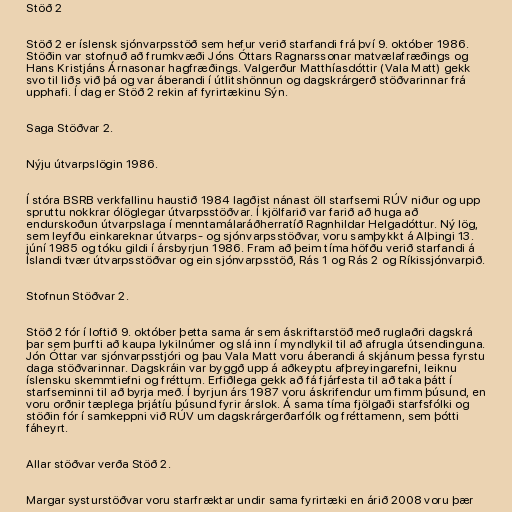
Stöð 2

Stöð 2 er íslensk sjónvarpsstöð sem hefur verið starfandi frá því 9. október 1986.
Stöðin var stofnuð að frumkvæði Jóns Óttars Ragnarssonar matvælafræðings og
Hans Kristjáns Árnasonar hagfræðings. Valgerður Matthíasdóttir (Vala Matt) gekk
svo til liðs við þá og var áberandi í útlitshönnun og dagskrárgerð stöðvarinnar frá
upphafi. Í dag er Stöð 2 rekin af fyrirtækinu Sýn.

Saga Stöðvar 2.

Nýju útvarpslögin 1986.

Í stóra BSRB verkfallinu haustið 1984 lagðist nánast öll starfsemi RÚV niður og upp
spruttu nokkrar ólöglegar útvarpsstöðvar. Í kjölfarið var farið að huga að
endurskoðun útvarpslaga í menntamálaráðherratíð Ragnhildar Helgadóttur. Ný lög,
sem leyfðu einkareknar útvarps- og sjónvarpsstöðvar, voru samþykkt á Alþingi 13.
júní 1985 og tóku gildi í ársbyrjun 1986. Fram að þeim tíma höfðu verið starfandi á
Íslandi tvær útvarpsstöðvar og ein sjónvarpsstöð, Rás 1 og Rás 2 og Ríkissjónvarpið.

Stofnun Stöðvar 2.

Stöð 2 fór í loftið 9. október þetta sama ár sem áskriftarstöð með ruglaðri dagskrá
þar sem þurfti að kaupa lykilnúmer og slá inn í myndlykil til að afrugla útsendinguna.
Jón Óttar var sjónvarpsstjóri og þau Vala Matt voru áberandi á skjánum þessa fyrstu
daga stöðvarinnar. Dagskráin var byggð upp á aðkeyptu afþreyingarefni, leiknu
íslensku skemmtiefni og fréttum. Erfiðlega gekk að fá fjárfesta til að taka þátt í
starfseminni til að byrja með. Í byrjun árs 1987 voru áskrifendur um fimm þúsund, en
voru orðnir tæplega þrjátíu þúsund fyrir árslok. Á sama tíma fjölgaði starfsfólki og
stöðin fór í samkeppni við RÚV um dagskrárgerðarfólk og fréttamenn, sem þótti
fáheyrt.

Allar stöðvar verða Stöð 2.

Margar systurstöðvar voru starfræktar undir sama fyrirtæki en árið 2008 voru þær